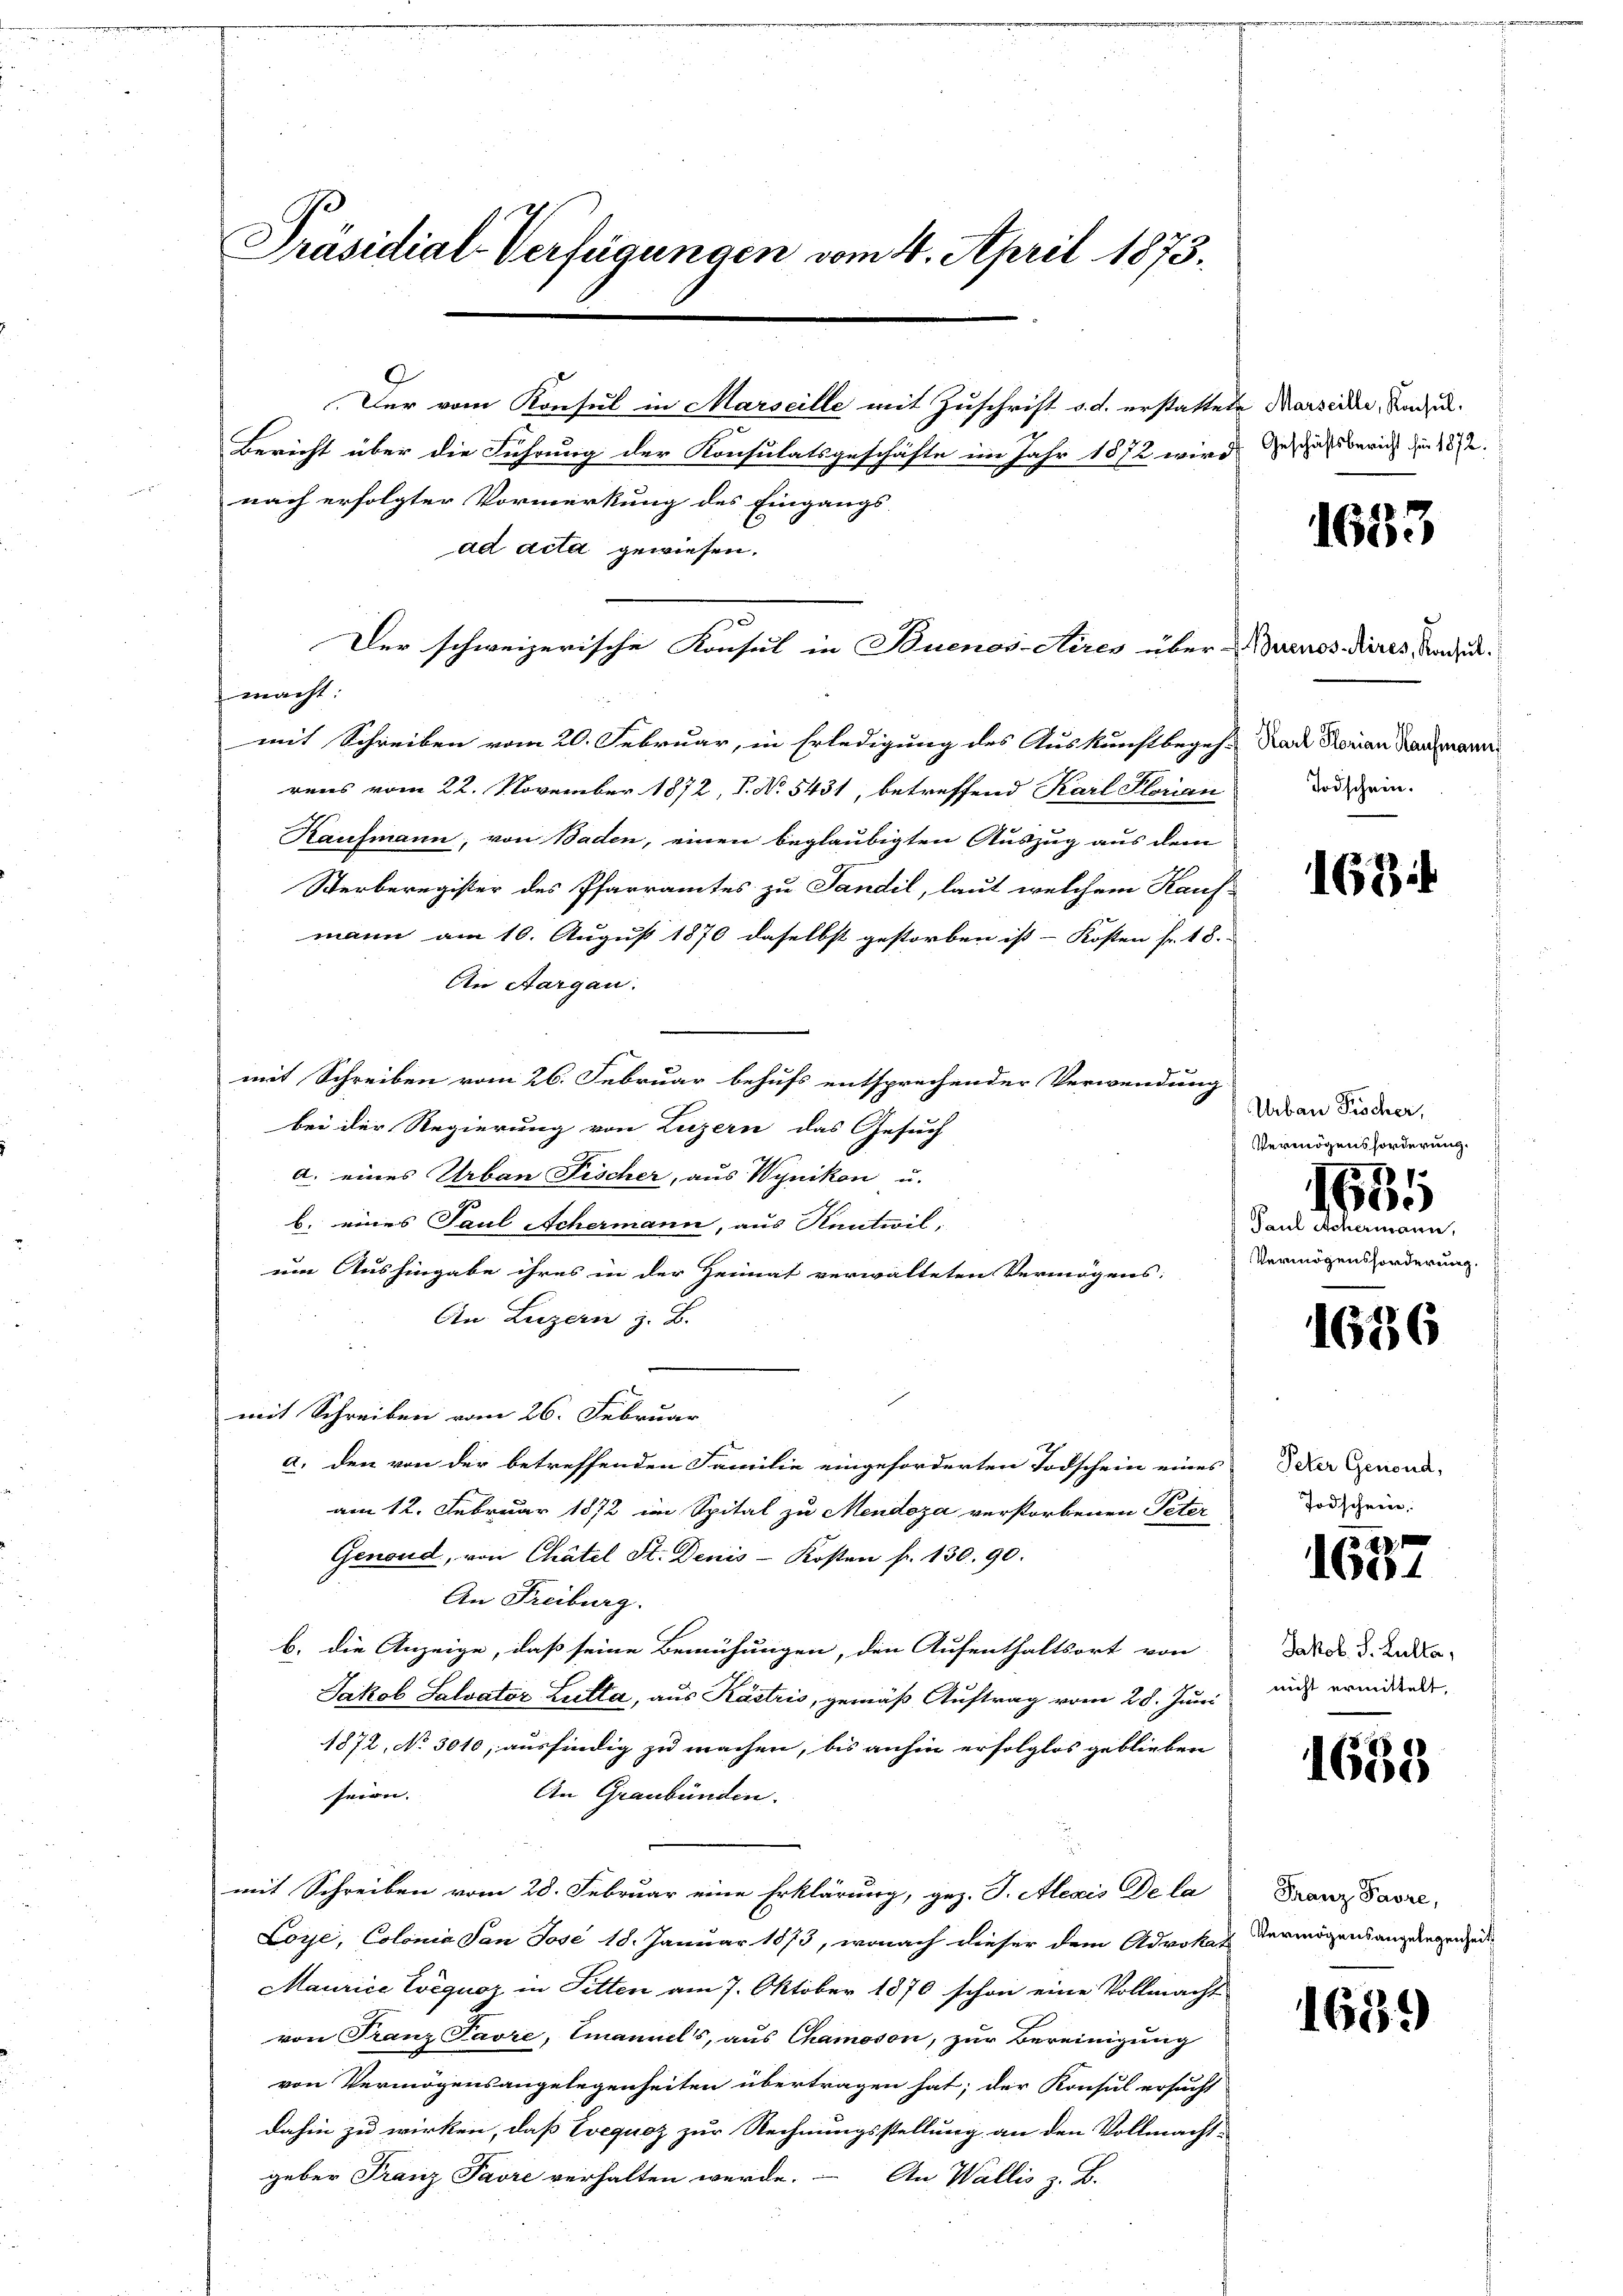
Präsidial-Verfügungen vom 4. April 1873.

Der vom Konsul in Marseille mit Zuschrift d. d. erstattete Marsidii, Kadel¬
Bericht über die Führung der Konsulatsgeschäfte im Jahr 1872 wird geschäftsbericht der 1872.
nach erfolgter Vormerkung des Eingangs-
ad acta gewiesen.
Der schweizerische Konsul in Buenos-Aires über Buenos Aires, Badimacht:
mit Schreiben vom 20. Februar, in Erledigung des Auskunftbegeh- Nade Korian Kaufmann
rens vom 22. November 1872, P. No 5431, betreffend Karl Florian
Kaufmann, von Baden, einen beglaubigten Auszug aus dem
Sterberegister des Pfarramtes zu Sandil, laut welchem Kauf-
mann am 10. August 1870 daselbst gestorben ist - Kosten fr. 18.
An Aargau.
mit Schreiben vom 26. Februar behufs entsprechender Verwendung
bei der Regierung von Luzern das Gesuch
a. eines Urban Fischer, aus Wynikon u.
b. eines Paul Achermann, aus Kenteil,
um Aushingabe ihres in der Heimat verwalteten Vermögens-
An Luzern z. B.
mit Schreiben vom 26. Februar
a. den von der betreffenden Familie eingeforderten Todschein eines
am 12. Februar 1872 im Spital zu Mendoza verstorbenen Peter
Genoud, von Chätel St. Denis-Kosten fr. 130. 90.
An Freiburg.
b. die Anzeige, daß seine Bemühungen, den Aufenthaltsort von
Jakob Salvator Lutta, aus Kastris, gemäß Auftrag vom 28. Juni
1872, No 3010, ausfindig zu machen, bis anhin erfolglos geblieben
An Graubünden.
seien.
mit Schreiben vom 28. Februar eine Erklärung, gez. J. Alexis De la
Loye, Colonia Von Jose 18. Januar 1873, wonach dieser dem Advokat Vermögensangelegenzeit
Maurice Eveguoz in Fitten am 7. Oktober 1870 schon eine Vollmacht
von Franz Favre, Emannels, aus Chamoson, zur Bereinigung
von Vermögensangelegenheiten übertragen hat; der Konsul ersucht
dahin zu wirken, daß Evequoz zur Rechnungsstellung an den Vollmacht-
geber Franz Favre verhalten werde. – An Wallis z. B.

1653

Todschein.

1684

Urbau Fischer,
Vermögensforderung.
I1.
b.
 Paul Achermann.
Vermögensforderung.

1636

Peter Genoud,
Todschein,

fxx
Aber

Jakob. S. Lulla,
nicht ermittelt.

1638

Franz Pavre,

1689